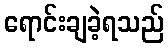
ရောင်းချခဲ့ရသည်